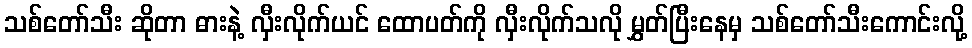
သစ်တော်သီး ဆိုတာ ဓားနဲ့ လှီးလိုက်ယင် ထောပတ်ကို လှီးလိုက်သလို မွှတ်ပြီးနေမှ သစ်တော်သီးကောင်းလို့